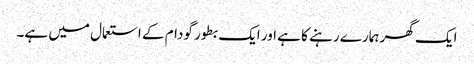
ایک گھر ہمارے رہنے کا ہے اور ایک بطور گودام کے استعمال میں ہے۔